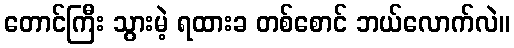
တောင်ကြီး သွားမဲ့ ရထားခ တစ်စောင် ဘယ်လောက်လဲ။